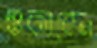
শুকাবেন